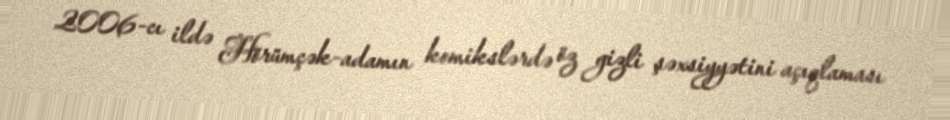
2006-cı ildə Hörümçək-adamın komikslərdə öz gizli şəxsiyyətini açıqlaması